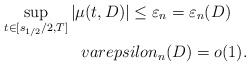
\begin{align*}\sup\limits_{t\in[s_{1/2}/2,T]}|\mu(t,D)|\le\varepsilon_n=\varepsilon_n(D)\quad\\varepsilon_n(D)=o(1).\end{align*}